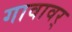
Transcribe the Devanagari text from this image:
गावावर्